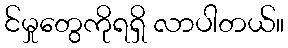
င်မှုတွေကိုရရှိ လာပါတယ်။